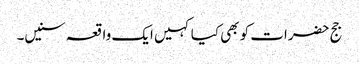
جج حضرات کو بھی کیا کہیں ایک واقعہ سنیں۔